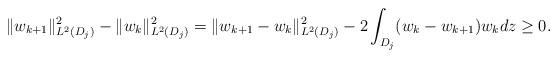
LaTeX: \begin{align*}\|w_{k+1}\|_{L^2(D_j)}^2 - \|w_{k}\|_{L^2(D_j)}^2 &= \|w_{k+1} - w_{k}\|_{L^2(D_j)}^2 - 2\int_{D_j} (w_{k}-w_{k+1})w_k dz \geq 0.\end{align*}